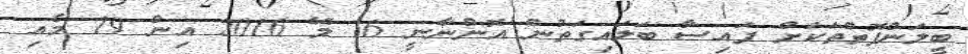
ބީލަންފޮތްތަކަށް ފައިސާ ބަލައިގަތުން އޮންނާނީ 16 މޭ 2016 އިން 19 މެއި